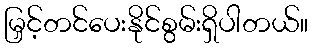
မြှင့်တင်ပေးနိုင်စွမ်းရှိပါတယ်။